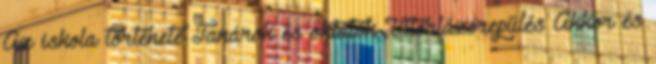
Az iskola története Tanárok és oktatók Vitorlázórepülés Akkor és